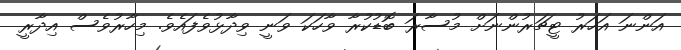
އަންނަ އަހަރު ޓީޗަރުންނަށް މުސާރަ ބޮޑުކުރާ ވާހަކަ ވަނީ ވިދާޅުވެފައެވެ. މިހާރުވެސް އިދާރީ